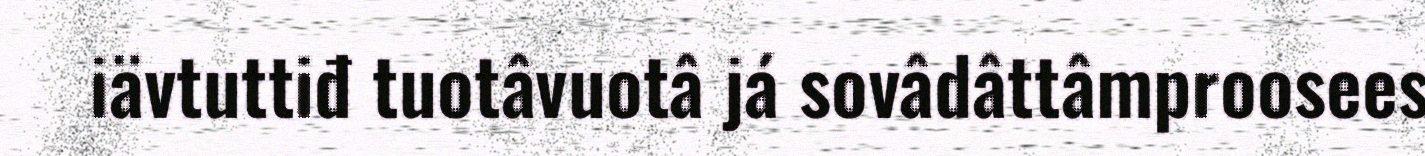
iävtuttiđ tuotâvuotâ já sovâdâttâmproosees